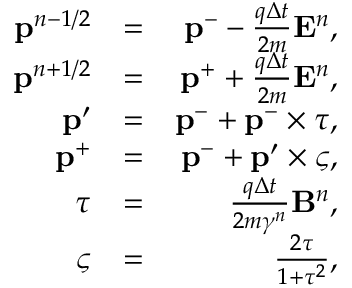
\begin{array} { r l r } { \mathbf { p } ^ { n - 1 / 2 } } & { = } & { \mathbf { p } ^ { - } - \frac { q \Delta t } { 2 m } \mathbf { E } ^ { n } , } \\ { \mathbf { p } ^ { n + 1 / 2 } } & { = } & { \mathbf { p } ^ { + } + \frac { q \Delta t } { 2 m } \mathbf { E } ^ { n } , } \\ { \mathbf { p } ^ { \prime } } & { = } & { \mathbf { p } ^ { - } + \mathbf { p } ^ { - } \times \boldsymbol { \tau } , } \\ { \mathbf { p } ^ { + } } & { = } & { \mathbf { p } ^ { - } + \mathbf { p } ^ { \prime } \times \boldsymbol { \varsigma } , } \\ { \boldsymbol { \tau } } & { = } & { \frac { q \Delta t } { 2 m \gamma ^ { n } } \mathbf { B } ^ { n } , } \\ { \boldsymbol { \varsigma } } & { = } & { \frac { 2 \boldsymbol { \tau } } { 1 + \boldsymbol { \tau } ^ { 2 } } , } \end{array}